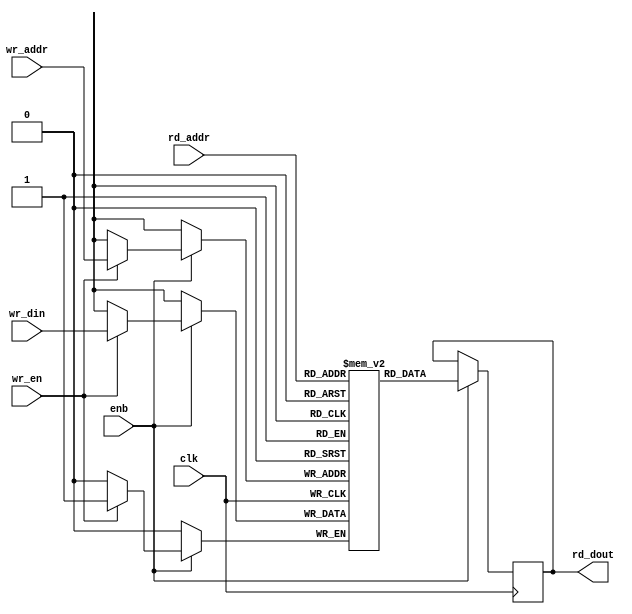
// -------------------------------------------------------------
// 
// 
// Generated by MATLAB 9.6 and HDL Coder 3.14
// 
// -------------------------------------------------------------


// -------------------------------------------------------------
// 
// Module: K_Means_ip_SimpleDualPortRAM_generic
// Source Path: K_Means_ip/K_Means_ip_axi4_stream_video_master/K_Means_ip_fifo_data_OUT/K_Means_ip_fifo_data_OUT_classic/K_Means_ip_SimpleDualPortRAM_generic
// Hierarchy Level: 4
// 
// -------------------------------------------------------------

`timescale 1 ns / 1 ns

module K_Means_ip_SimpleDualPortRAM_generic
          (clk,
           enb,
           wr_din,
           wr_addr,
           wr_en,
           rd_addr,
           rd_dout);

  parameter AddrWidth = 1;
  parameter DataWidth = 1;

  input   clk;
  input   enb;
  input   [DataWidth - 1:0] wr_din;  // parameterized width
  input   [AddrWidth - 1:0] wr_addr;  // parameterized width
  input   wr_en;  // ufix1
  input   [AddrWidth - 1:0] rd_addr;  // parameterized width
  output  [DataWidth - 1:0] rd_dout;  // parameterized width


  reg  [DataWidth - 1:0] ram [2**AddrWidth - 1:0];
  reg  [DataWidth - 1:0] data_int;
  integer i;

  initial begin
    for (i=0; i<=2**AddrWidth - 1; i=i+1) begin
      ram[i] = 0;
    end
    data_int = 0;
  end


  always @(posedge clk)
    begin : K_Means_ip_SimpleDualPortRAM_generic_process
      if (enb == 1'b1) begin
        if (wr_en == 1'b1) begin
          ram[wr_addr] <= wr_din;
        end
        data_int <= ram[rd_addr];
      end
    end

  assign rd_dout = data_int;

endmodule  // K_Means_ip_SimpleDualPortRAM_generic